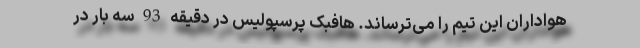
هواداران این تیم را می‌ترساند. هافبک پرسپولیس در دقیقه 93 سه بار در